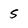
Character: 5